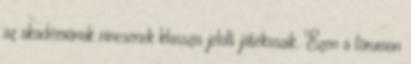
az akadémiának nincsenek klasszis jelölt játékosaik. Ezen a fórumon